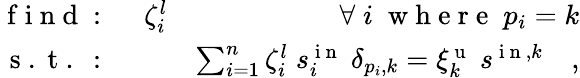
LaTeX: \begin{array}{rlr}{\mathrm{~f~i~n~d~:~}}&{{}\zeta_{i}^{l}}&{\forall\; i\; \mathrm{~w~h~e~r~e~}\; p_{i}=k}\\ {\mathrm{~s~.~t~.~:~}}&{{}}&{\sum_{i=1}^{n}\zeta_{i}^{l}\; s_{i}^{\mathrm{~i~n~}}\; \delta_{p_{i},k}=\xi_{k}^{\mathrm{~u~}}\; s^{\mathrm{~i~n~},k}\quad,}\end{array}